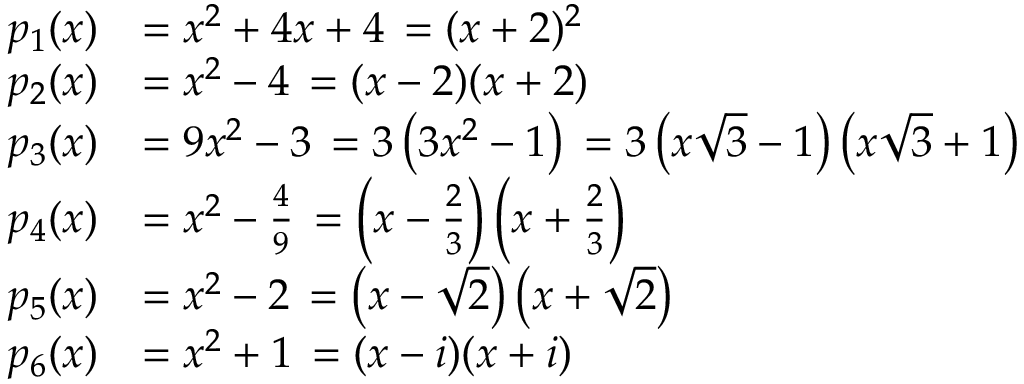
{ \begin{array} { r l } { p _ { 1 } ( x ) } & { = x ^ { 2 } + 4 x + 4 \, = { ( x + 2 ) ^ { 2 } } } \\ { p _ { 2 } ( x ) } & { = x ^ { 2 } - 4 \, = { ( x - 2 ) ( x + 2 ) } } \\ { p _ { 3 } ( x ) } & { = 9 x ^ { 2 } - 3 \, = 3 \left( 3 x ^ { 2 } - 1 \right) \, = 3 \left( x { \sqrt { 3 } } - 1 \right) \left( x { \sqrt { 3 } } + 1 \right) } \\ { p _ { 4 } ( x ) } & { = x ^ { 2 } - { \frac { 4 } { 9 } } \, = \left( x - { \frac { 2 } { 3 } } \right) \left( x + { \frac { 2 } { 3 } } \right) } \\ { p _ { 5 } ( x ) } & { = x ^ { 2 } - 2 \, = \left( x - { \sqrt { 2 } } \right) \left( x + { \sqrt { 2 } } \right) } \\ { p _ { 6 } ( x ) } & { = x ^ { 2 } + 1 \, = { ( x - i ) ( x + i ) } } \end{array} }